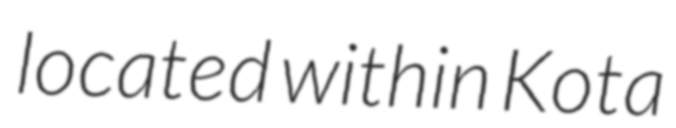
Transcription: located within Kota